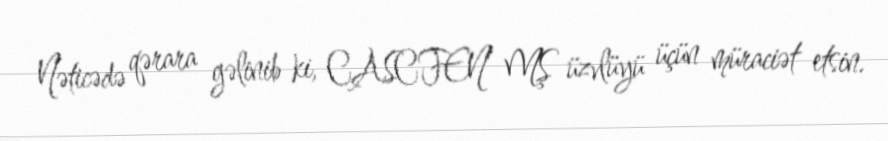
Nəticədə qərara gəlinib ki, CASCFEN MŞ üzvlüyü üçün müraciət etsin.